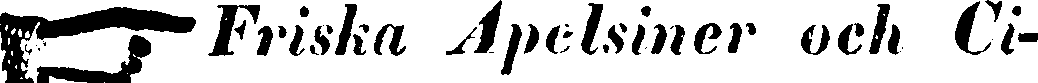
☞ Friska Apelsiner och Ci-